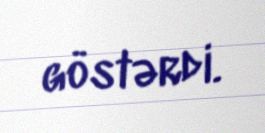
göstərdi.